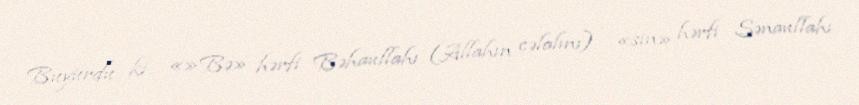
Buyurdu ki: «»Bə» hərfi Bəhaullahı (Allahın cəlalını) , «sin» hərfi Sənaullahı